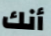
أنك